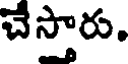
చేస్తారు.